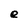
Character: e